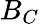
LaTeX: B_{C}